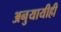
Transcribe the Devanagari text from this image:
अनुयायीही